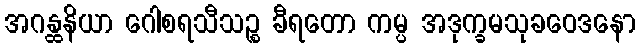
အဂန္ထနိယာ ဂေါစရသီသဉ္စ ခီရတော ကမ္ပ အဒုက္ခမသုခဝေဒနော